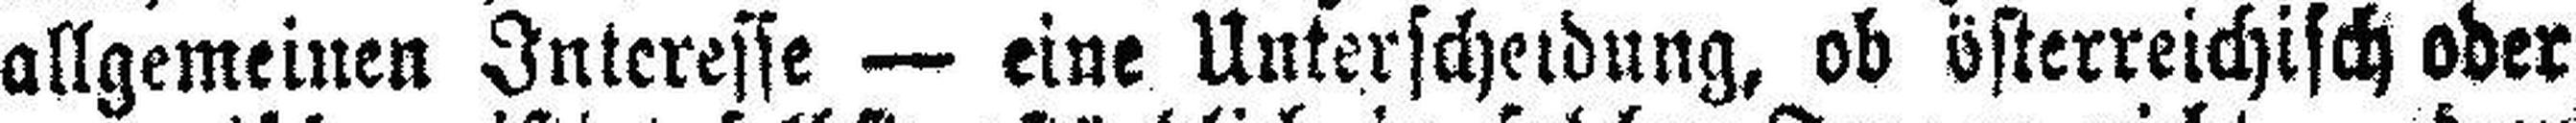
allgemeinen Interesse — eine Unterscheidung, ob österreichisch oder